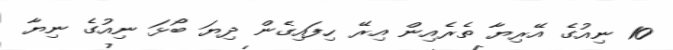
10 ނިއުގެ އޭރިޔާ ތެރެއިން އިރޭ ހިފައިގެން ދިޔަ ބޯޅަ ނިއުގެ ނިޔާ